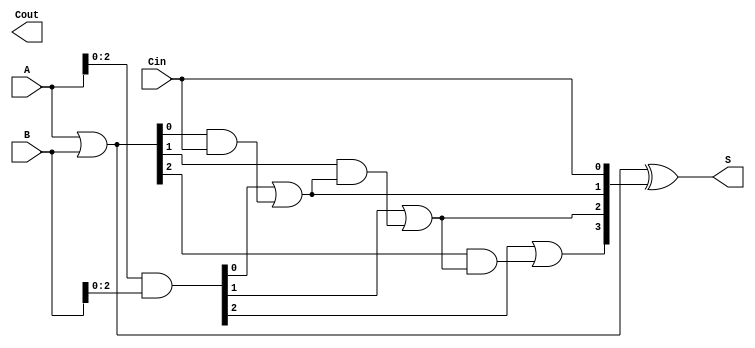
module brent_kung_adder #(parameter n = 4) (
    input  [n-1:0] A,
    input  [n-1:0] B,
    input         Cin,
    output [n-1:0] S,
    output        Cout
);
    // Generate (G) and Propagate (P) signals
    wire [n-1:0] G;
    wire [n-1:0] P;
    wire [n:0] C; // Carry signals (C[0] = Cin)

    assign G = A & B; // G[i] = A[i] AND B[i]
    assign P = A | B; // P[i] = A[i] OR B[i]
    
    // Initial carry assignment
    assign C[0] = Cin; // C[0] is the carry-in

    // Carry generation using Brent-Kung structure
    genvar i, j;
    
    // First stage of carries
    generate
        for (i = 1; i < n; i = i + 1) begin : carry_stage1
            assign C[i] = G[i-1] | (P[i-1] & C[i-1]);
        end
    endgenerate
    
    // Further stages to generate carry signals
    generate
        for (j = 1; (1 << j) < n; j = j + 1) begin : carry_stages
            for (i = (1 << j); i < n; i = i + 1) begin : carry_stage
                assign C[i] = G[i - (1 << (j - 1))] | (P[i - (1 << (j - 1))] & C[i - (1 << (j - 1))]);
            end
        end
    endgenerate

    // Sum calculation
    assign S = P ^ C[n-1:0]; // S[i] = P[i] XOR C[i-1]
    
    // Final carry-out
    assign Cout = C[n];

endmodule